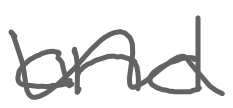
Text: and
Cross-out: wave
Writing tool: digital_gray